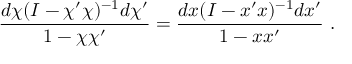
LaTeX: \frac { d \chi ( I - \chi ^ { \prime } \chi ) ^ { - 1 } d \chi ^ { \prime } } { 1 - \chi \chi ^ { \prime } } = \frac { d x ( I - x ^ { \prime } x ) ^ { - 1 } d x ^ { \prime } } { 1 - x x ^ { \prime } } ~ .